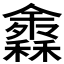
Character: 𥣠